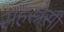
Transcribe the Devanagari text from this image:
सहस्त्रेसी